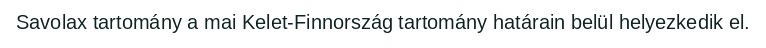
Savolax tartomány a mai Kelet-Finnország tartomány határain belül helyezkedik el.